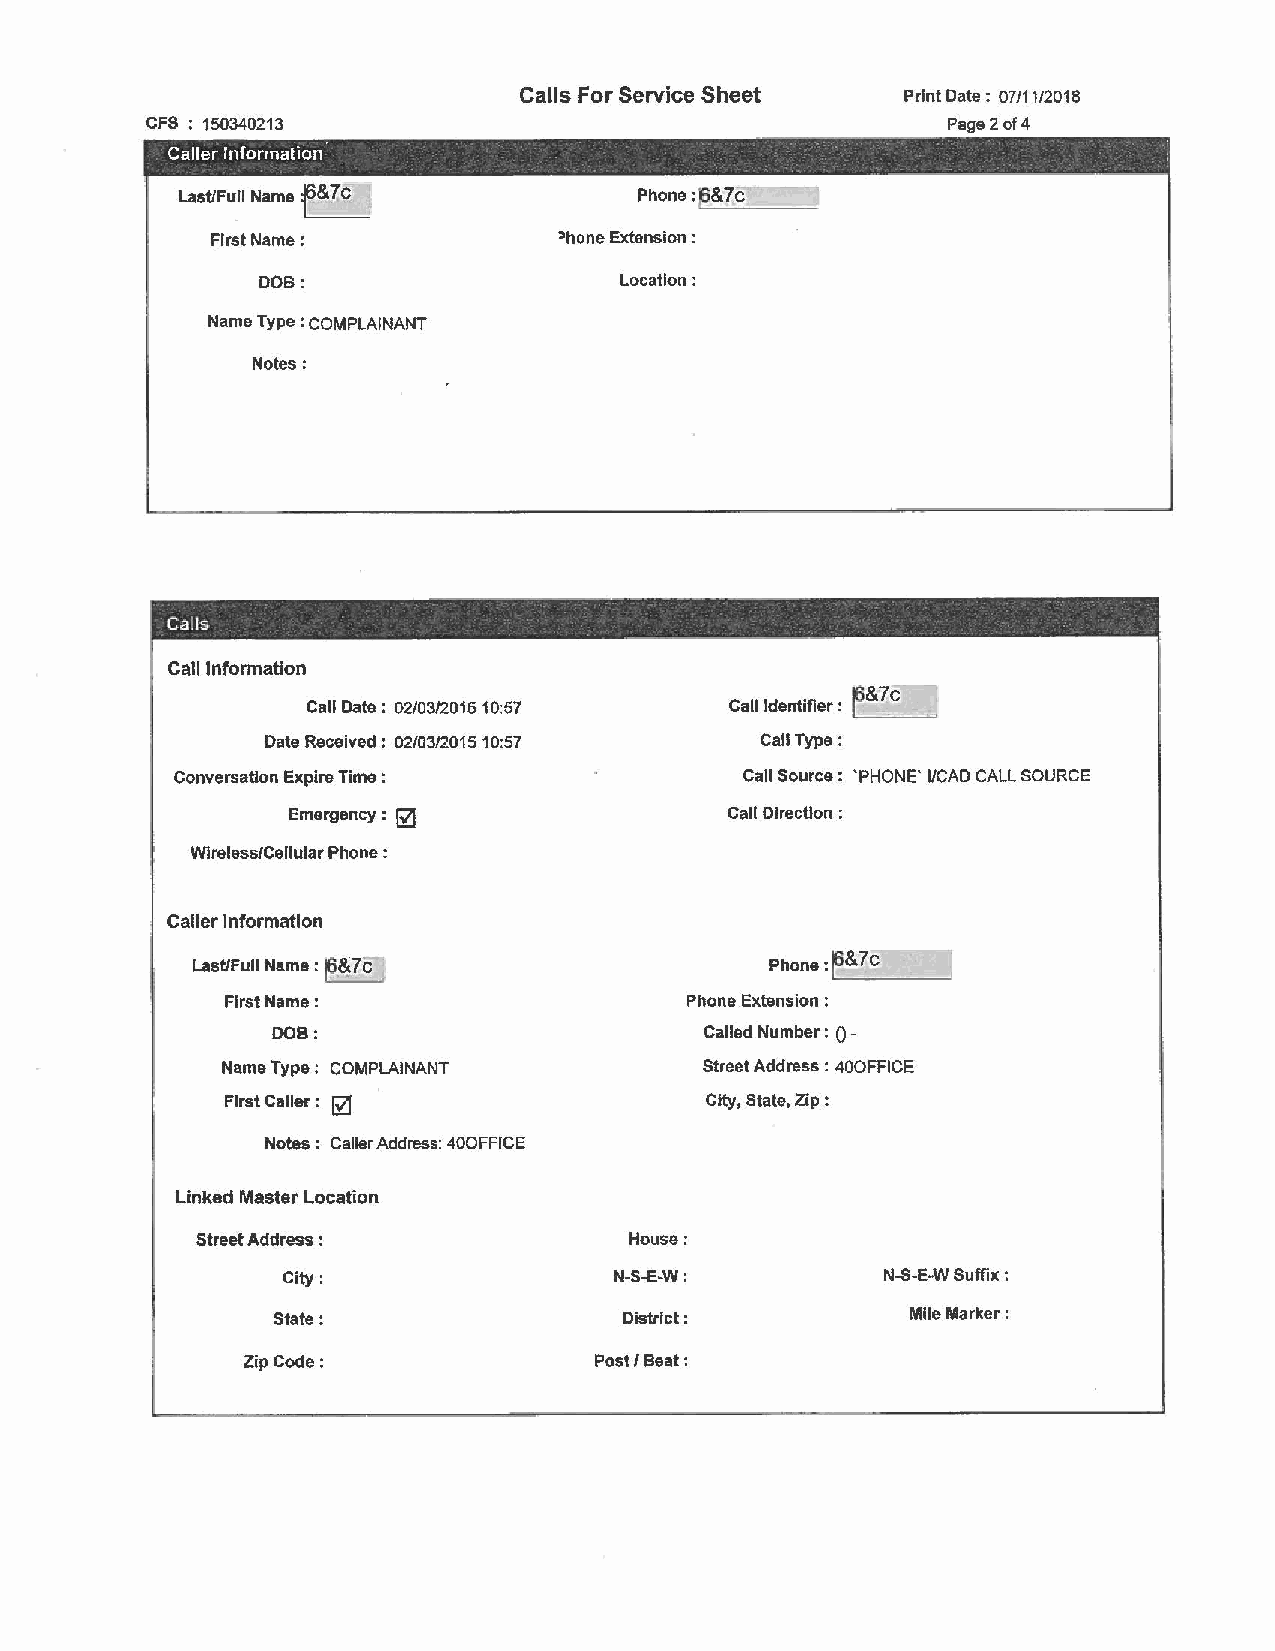
Calls For Service Sheet   Print Date: 07/11/2018
 CFS : 150340213                                      Page 2 of 4
 -    -
 Caller Information                                                ,
 :E:__
 Last/Full Name                Phone:pL_&_7~c~____;:
 First Name:            !llhone Extension :
 DOB:                    Location:
 Name Type : COMPLAINANT
 Notes;
 Calls
 Call Information
 r&
 Call Date : 02/03/2015 10:57 Call Identifier : ~ C
 Date Received: 02/03/201510:57   Call Type:
 Conversation Expire Time :           Call Source: 'PHONE' 1/CAD CALL SOURCE
 0
 Emergency :                  Call Direction :
 Wireless/Cellular Phone :
 Caller Information
 =1
 Last/Full Name: ~&7c •                Phone: ~&7c
 First Name:                   Phone Extension :
 DOB:                         Called Number : () -
 Name Type: COMPLAINANT         Street Address : 400FFICE
 First Caller : @                City, State, Zip:
 Notes : Caller Address: 400FFICE
 Linked Master Location
 Street Address :             House:
 City:                 N-S-E-W:         N-S-E-W Suffix :
 State:                 District:          Mlle Marker :
 Zip Code:              Post/ Beat: